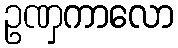
ဥဏှကာလော